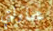
محاولتي